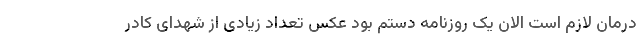
درمان لازم است الان یک روزنامه دستم بود عکس تعداد زیادی از شهدای کادر